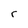
Character: r